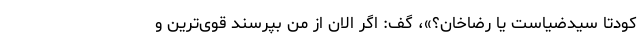
کودتا سیدضیاست یا رضاخان؟»، گف: اگر الان از من بپرسند قوی‌ترین و